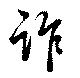
詐